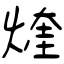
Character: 煃